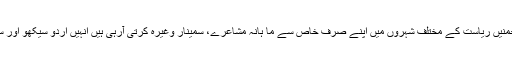
اُردو زبان و ادب کے فروغ اور اس کے تحفظ و بقا کی فکر لیے جو انجمنیں ریاست کے مختلف شہروں میں اپنے صرف خاص سے ما ہانہ مشاعرے، سمینار وغیرہ کرتی آرہی ہیں انہیں اُردو سیکھو اور سکھاؤ کی طرز پر 5,000 روپے کی ماہانہ مالی اعانت دی جائے گی۔